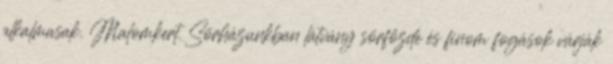
alkalmasak. Malomkert Sörházunkban látvány sörfőzde és finom fogások várják